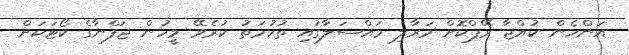
އަންހެން ކުއްޖާ ރޭޕްކޮށް މަރާލި މައްސަލާގައި ތުހުމަތު ކުރެވޭ މީހުން ޖަފްނާގެ ކޯޓަކަށް